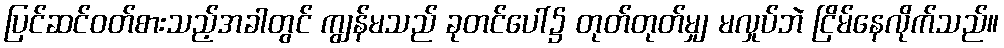
ပြင်ဆင်ဝတ်စားသည့်အခါတွင် ကျွန်မသည် ခုတင်ပေါ်၌ တုတ်တုတ်မျှ မလှုပ်ဘဲ ငြိမ်နေလိုက်သည်။